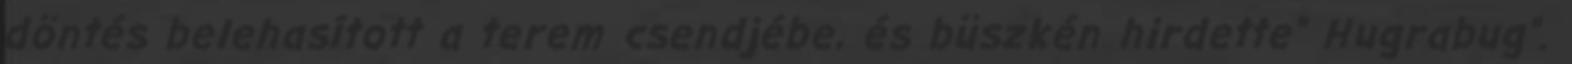
döntés belehasított a terem csendjébe, és büszkén hirdette” Hugrabug”.